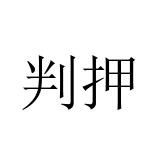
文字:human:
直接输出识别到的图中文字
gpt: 判押